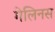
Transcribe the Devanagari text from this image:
गेलिनस